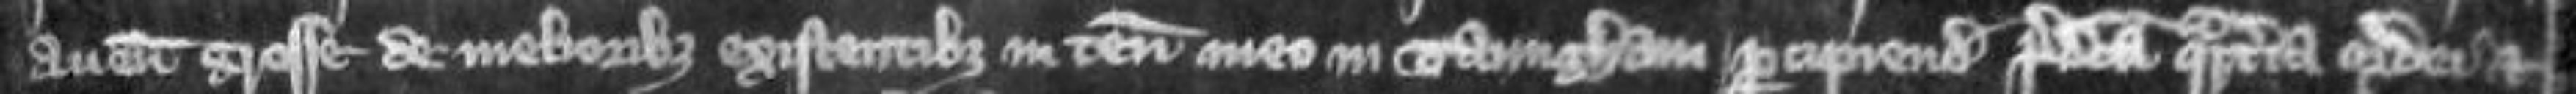
avene grosse de melioribus existentibus in tenemento meo in Taungham percipiendis predicta quarteria ordei et